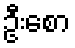
ဦးစော